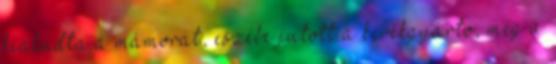
kialudta a mámorát, eszébe jutott a kerékgyártó, meg a